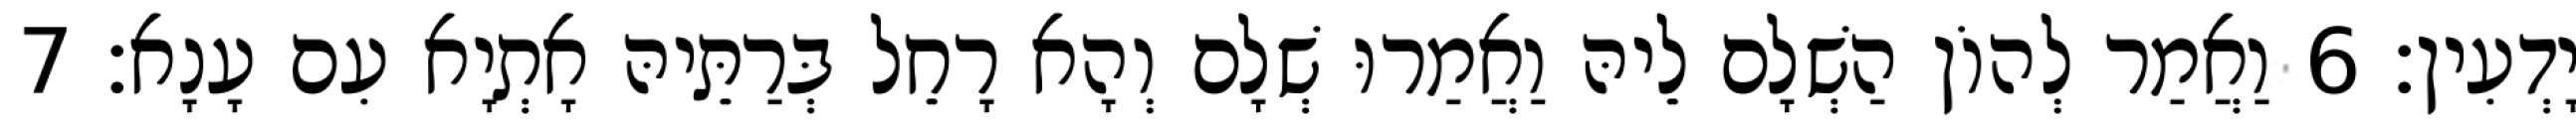
יָדְעִין׃ 6 וַאֲמַר לְהוֹן הַשְׁלָם לֵיהּ וַאֲמַרוּ שְׁלָם וְהָא רָחֵל בְּרַתֵּיהּ אָתְיָא עִם עָנָא׃ 7